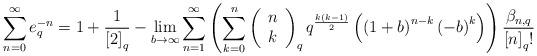
LaTeX: \begin{align*}\sum_{n=0}^{\infty}e_{q}^{-n}=1+\frac{1}{\left[ 2\right] _{q}}-\lim_{b\rightarrow\infty}\sum_{n=1}^{\infty}\left( \sum_{k=0}^{n}\left(\begin{array}[c]{c}n\\k\end{array}\right) _{q}q^{\frac{k(k-1)}{2}}\left( \left( 1+b\right) ^{n-k}\left(-b\right) ^{k}\right) \right) \frac{\mathit{\beta}_{n,q}}{\left[ n\right]_{q}!}\end{align*}